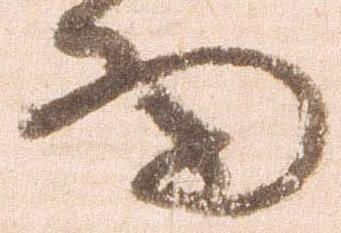
細